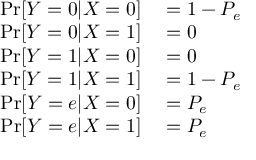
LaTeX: \begin{array} { r l } { \Pr [ Y = 0 | X = 0 ] } & { { } = 1 - P _ { e } } \\ { \Pr [ Y = 0 | X = 1 ] } & { { } = 0 } \\ { \Pr [ Y = 1 | X = 0 ] } & { { } = 0 } \\ { \Pr [ Y = 1 | X = 1 ] } & { { } = 1 - P _ { e } } \\ { \Pr [ Y = e | X = 0 ] } & { { } = P _ { e } } \\ { \Pr [ Y = e | X = 1 ] } & { { } = P _ { e } } \end{array}